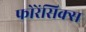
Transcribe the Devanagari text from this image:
फोरेंसिक्स